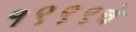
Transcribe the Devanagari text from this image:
१९९९चे